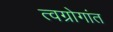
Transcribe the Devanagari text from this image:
त्वग्रोगांत